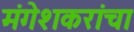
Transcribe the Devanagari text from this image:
मंगेशकरांचा